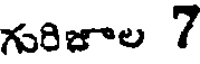
గురిజాల 7